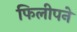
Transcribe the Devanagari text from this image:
फिलीपने